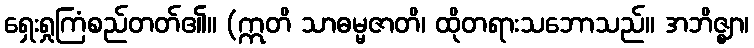
ရှေးရှုကြံစည်တတ်၏။ (ဣတိ သာဓမ္မဇာတိ၊ ထိုတရားသဘောသည်။ အဘိဇ္ဈာ၊